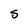
Character: S